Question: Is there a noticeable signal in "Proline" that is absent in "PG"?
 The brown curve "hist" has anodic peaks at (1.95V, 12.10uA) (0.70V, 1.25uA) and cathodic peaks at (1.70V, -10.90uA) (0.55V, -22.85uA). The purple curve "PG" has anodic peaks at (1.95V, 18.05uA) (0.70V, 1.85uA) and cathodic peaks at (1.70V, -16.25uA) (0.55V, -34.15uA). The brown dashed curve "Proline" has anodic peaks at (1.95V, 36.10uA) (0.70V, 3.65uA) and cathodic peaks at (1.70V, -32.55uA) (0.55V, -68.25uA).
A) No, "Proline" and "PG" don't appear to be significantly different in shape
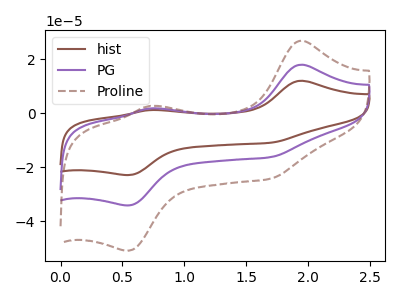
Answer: <think>All the peaks in "Proline" have a peak in "PG" at the same potential. Every peak in "Proline" is higher than every peak in "PG".
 </think>
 <answer>A) No, "Proline" and "PG" don't appear to be significantly different in shape</answer>
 <eval>A</eval>